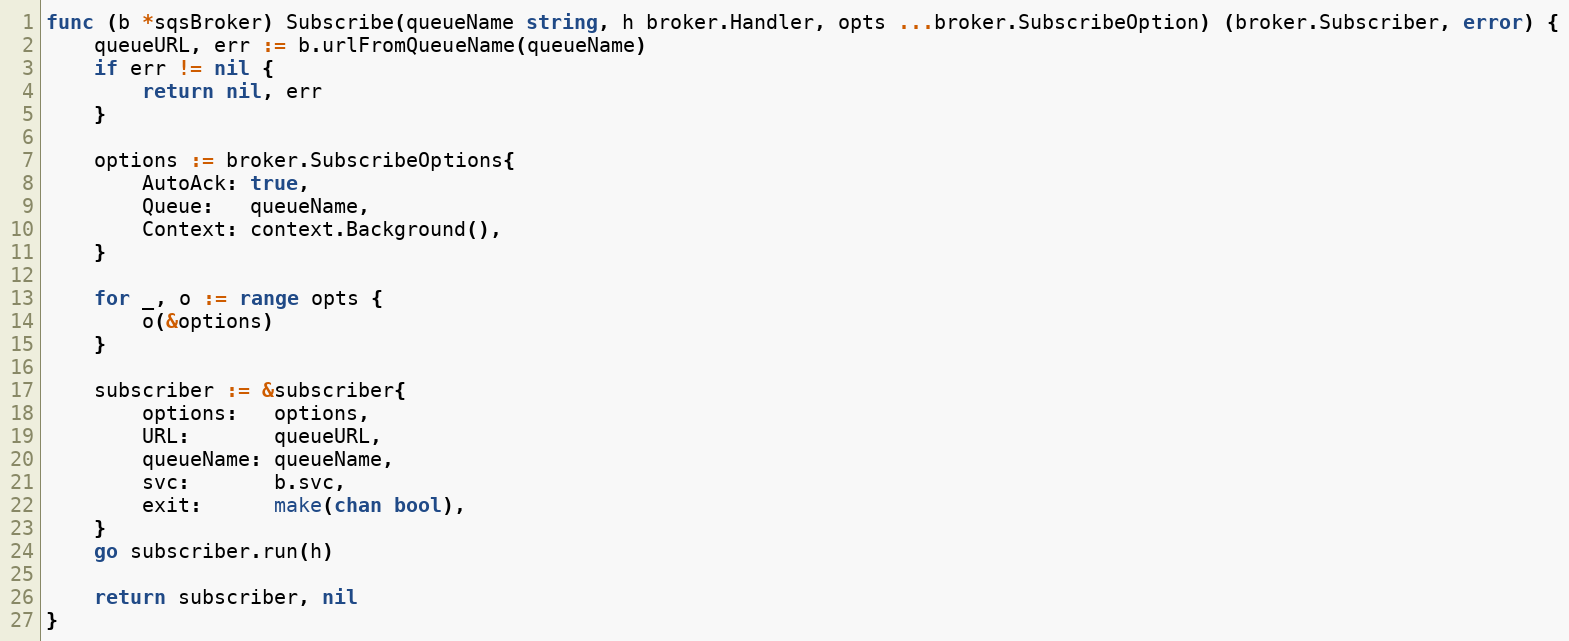
Language: Go
func (b *sqsBroker) Subscribe(queueName string, h broker.Handler, opts ...broker.SubscribeOption) (broker.Subscriber, error) {
	queueURL, err := b.urlFromQueueName(queueName)
	if err != nil {
		return nil, err
	}

	options := broker.SubscribeOptions{
		AutoAck: true,
		Queue:   queueName,
		Context: context.Background(),
	}

	for _, o := range opts {
		o(&options)
	}

	subscriber := &subscriber{
		options:   options,
		URL:       queueURL,
		queueName: queueName,
		svc:       b.svc,
		exit:      make(chan bool),
	}
	go subscriber.run(h)

	return subscriber, nil
}